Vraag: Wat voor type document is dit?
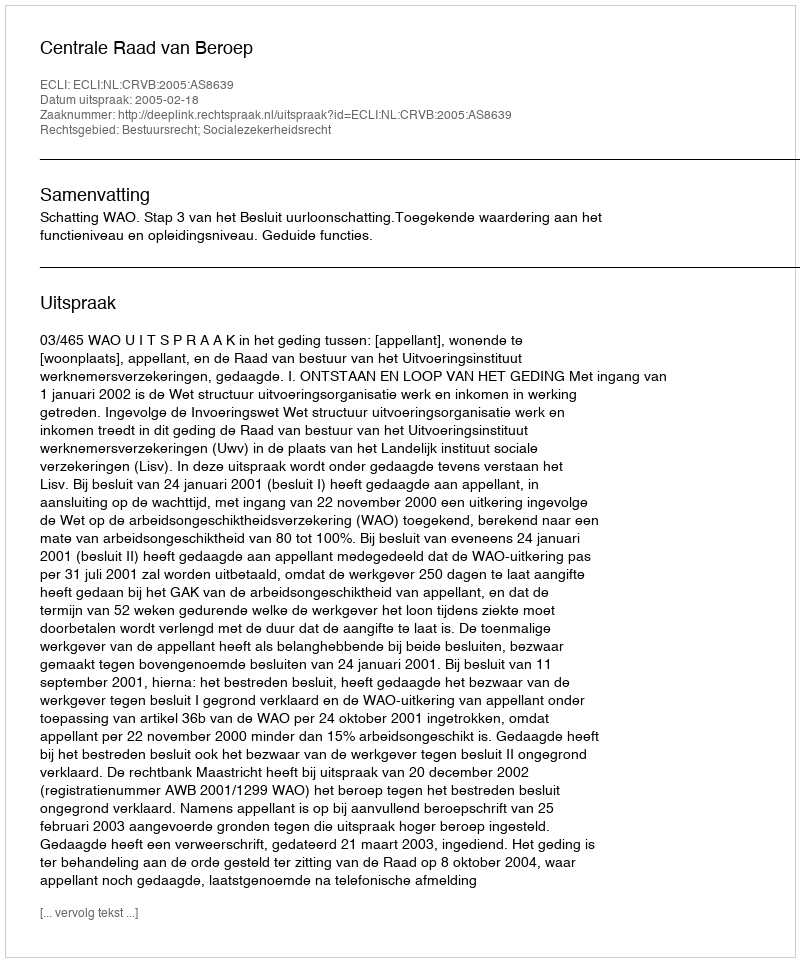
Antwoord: Uitspraak